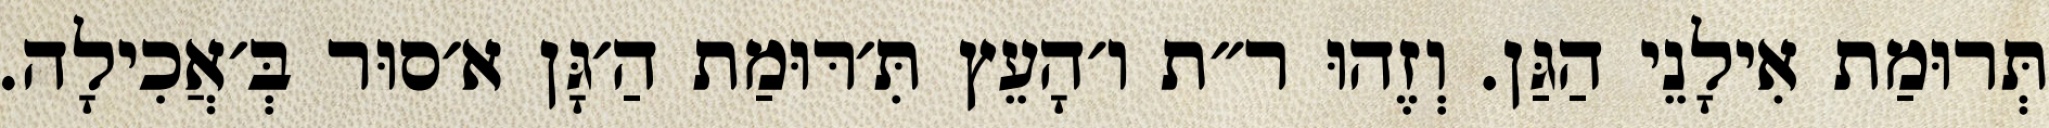
תְּרוּמַת אִילָנֵי הַגַּן. וְזֶהוּ ר״ת ו׳הָעֵץ תִּ׳רּוּמַת הַ׳גָּן א׳סוּר בְּ׳אֲכִילָה.